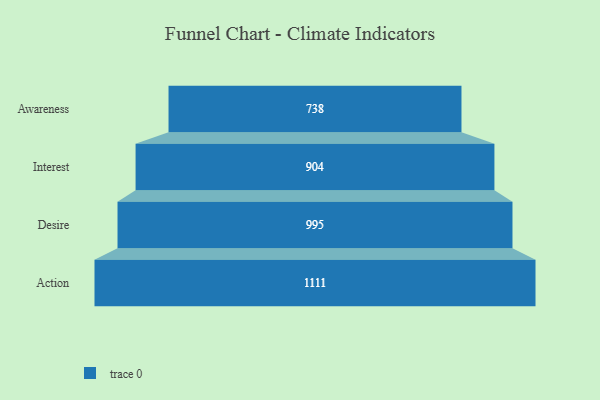
{"axis": {"x": "Stage", "y": "Value"}, "legend": [""], "data": [{"x": "Awareness", "y": 738.0, "type": ""}, {"x": "Interest", "y": 904.0, "type": ""}, {"x": "Desire", "y": 995.0, "type": ""}, {"x": "Action", "y": 1111.0, "type": ""}]}